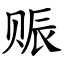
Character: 赈